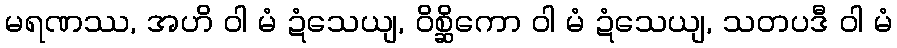
မရဏဿ, အဟိ ဝါ မံ ဍံသေယျ, ဝိစ္ဆိကော ဝါ မံ ဍံသေယျ, သတပဒီ ဝါ မံ